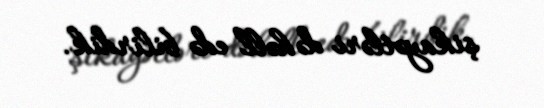
şikayətləri də həll edə bilirdik.